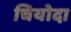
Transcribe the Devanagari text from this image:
चियोदा